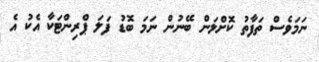
ނަމަވެސް ތަފާތު ކޮށްލަން ބޭނުން ނަމަ ބޮޑު ފަލަ ޕްރިންޓަކާ އެކު އެ